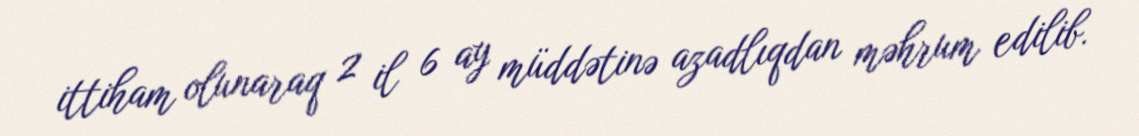
ittiham olunaraq 2 il 6 ay müddətinə azadlıqdan məhrum edilib.